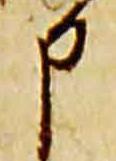
申